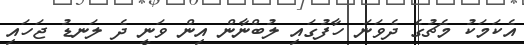
އެކަމަކު މެޗުގެ ދެވަނަ ހާފުގައި ލުބްނާން އިން ވަނީ ދެ ލަނޑު ޖަހައި